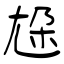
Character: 尮